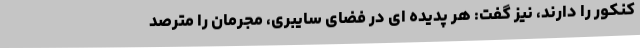
کنکور را دارند، نیز گفت: هر پدیده ای در فضای سایبری، مجرمان را مترصد